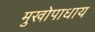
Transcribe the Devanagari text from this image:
मुखोपाधाय